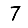
Digit: 7